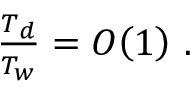
\begin{array} { r } { \frac { T _ { d } } { T _ { w } } = { O } \! \left( 1 \right) \, . } \end{array}